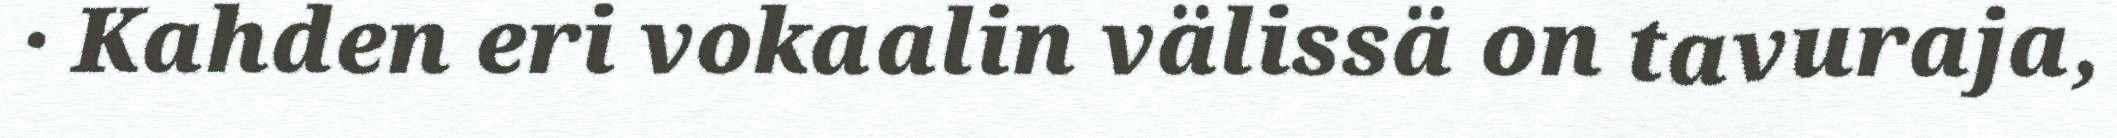
· Kahden eri vokaalin välissä on tavuraja,